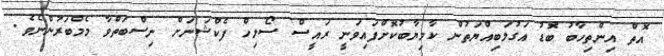
އޮތް އިންތިހާބު ބޮޑު އަގުލަބިއްޔަތުން ކާމިޔާބުކޮށްފައިވަނީ ރައީސް ސޯޯލިހް ފެކްޝަނަށް ނިސްބަތްވާ މެމްބަރުންނެވެ.